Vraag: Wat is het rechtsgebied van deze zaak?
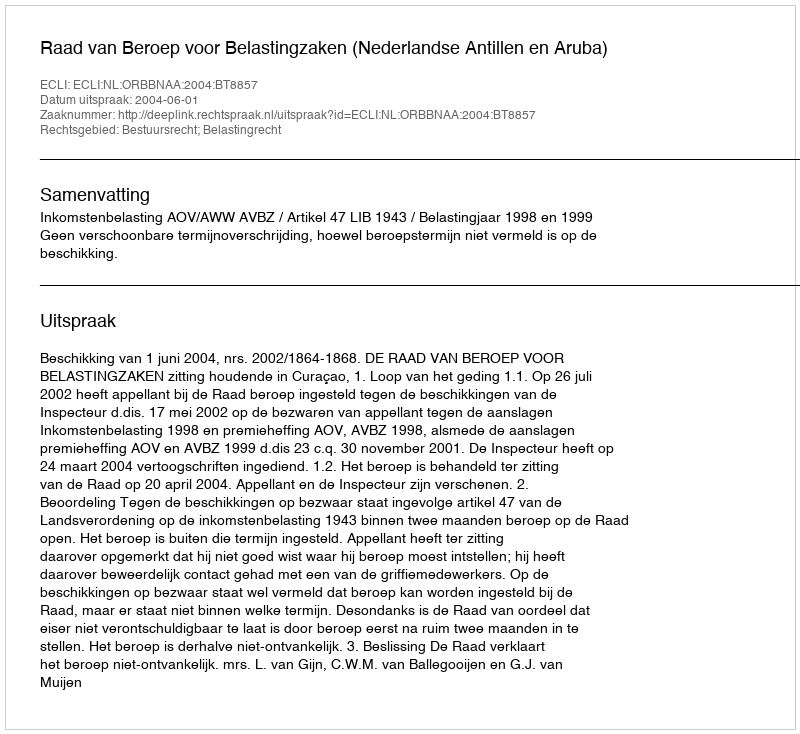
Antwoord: Bestuursrecht; Belastingrecht